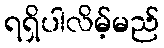
ရရှိပါလိမ့်မည်